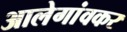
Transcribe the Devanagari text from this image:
आलेगांवकर